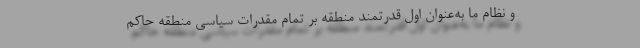
و نظام ما به‌عنوان اول قدرتمند منطقه بر تمام مقدرات سیاسی منطقه حاکم